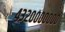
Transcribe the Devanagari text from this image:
४३२०००००००